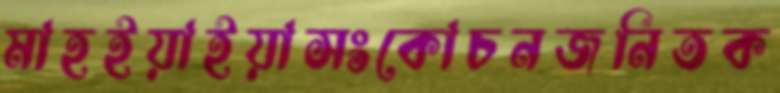
মাহইয়াইয়াসংকোচনজনিতক